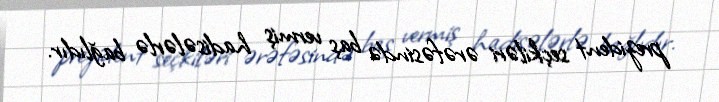
prezident seçkiləri ərəfəsində baş vermiş hadisələrlə bağlıdır.